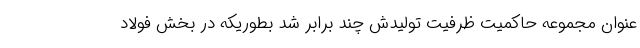
عنوان مجموعه حاکمیت ظرفیت تولیدش چند برابر شد بطوریکه در بخش فولاد